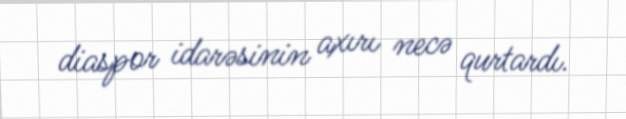
diaspor idarəsinin axırı necə qurtardı.